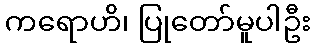
ကရောဟိ၊ ပြုတော်မူပါဦး